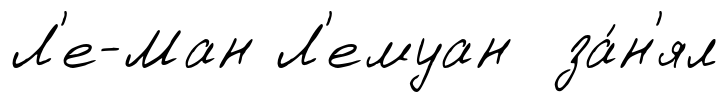
Л'е-Ман Л'емуан за́н'ял